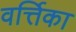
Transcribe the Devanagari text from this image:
वर्त्तिका